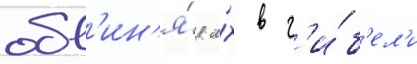
обв'ин'я́я и́х в г'и́б'ел'и